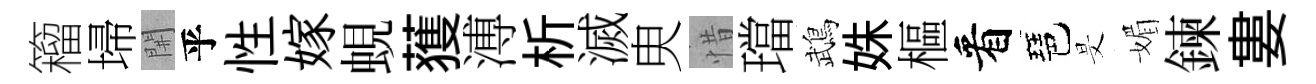
籕埽𨳩乎性嫁蜆𫉬溥析滅㬰惜璫鵡姝樞看琶旻媚鍊婁